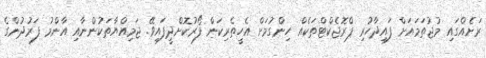
ރަށެއްގައި މުޖުތަމައަށް ފައިދާހުރި ޕްރޮޖެކްޓްތަކެއް ހިންގުމަށް އެހީތެރިކަން ފޯރުކޮށްދީފައިވޭ. ޖަމިއްޔާތަކުންނާއި އާންމު ފަރުދުންގެ